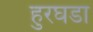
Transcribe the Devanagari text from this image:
हुरघडा